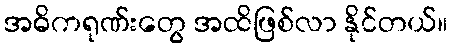
အဓိကရုဏ်းတွေ အထိဖြစ်လာ နိုင်တယ်။